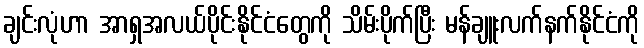
ချင်းလုံဟာ အာရှအလယ်ပိုင်းနိုင်ငံတွေကို သိမ်းပိုက်ပြီး မန်ချူးလက်နက်နိုင်ငံကို